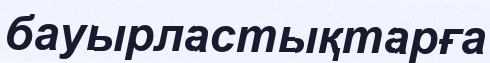
бауырластықтарға